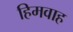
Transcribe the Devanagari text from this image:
हिमवाह